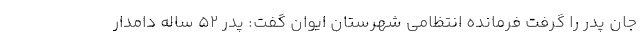
جان پدر را گرفت فرمانده انتظامی شهرستان ایوان گفت: پدر ۵۲ ساله دامدار